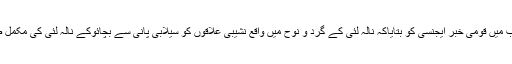
انہوں نے ایک سوال کے جواب میں قومی خبر ایجنسی کو بتایاکہ نالہ لئی کے گرد و نوح میں واقع نشیبی علاقوں کو سیلابی پانی سے بچائوکے نالہ لئی کی مکمل صفائی کا کام بھی جاری ہے ۔